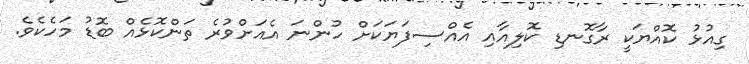
ގިއުޅު ކޮއްޔަކީ ރާގޮނޑި ކޮލިއާއި އެއްސިފަޔަކަށް ހުންނަ އެއަށްވުރެ ތަންކޮޅެއް ބޮޑު މަހެކެވެ.